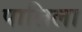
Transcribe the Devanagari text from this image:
पालिला